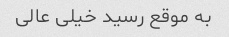
به موقع رسید خیلی عالی